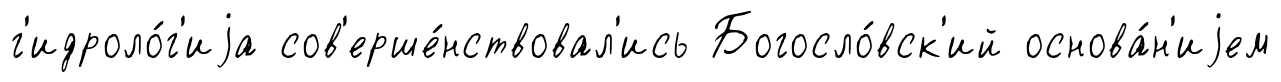
г'идроло́г'иjа сов'ерше́нствовал'ись Богосло́вск'ий основа́н'иjем